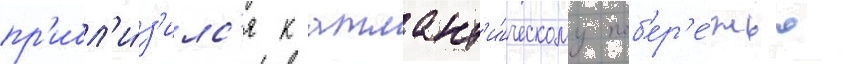
пр'ибл'и́з'илс'я к атлант'и́ческому поб'ер'е́жью